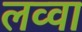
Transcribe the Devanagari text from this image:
लव्वा